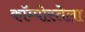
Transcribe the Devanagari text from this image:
कॉम्पोस्तेला